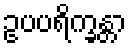
ဥပပရိက္ခန္တာ